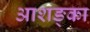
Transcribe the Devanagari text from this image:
आशङ्का